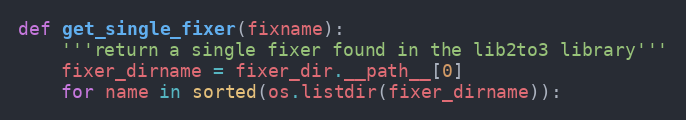
Language: Python
def get_single_fixer(fixname):
    '''return a single fixer found in the lib2to3 library'''
    fixer_dirname = fixer_dir.__path__[0]
    for name in sorted(os.listdir(fixer_dirname)):